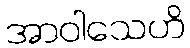
အာဝါသေဟိ